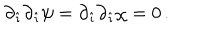
\partial _ { \hat { \imath } } \partial _ { \hat { \imath } } \psi = \partial _ { \hat { \imath } } \partial _ { \hat { \imath } } \chi = 0 \, .